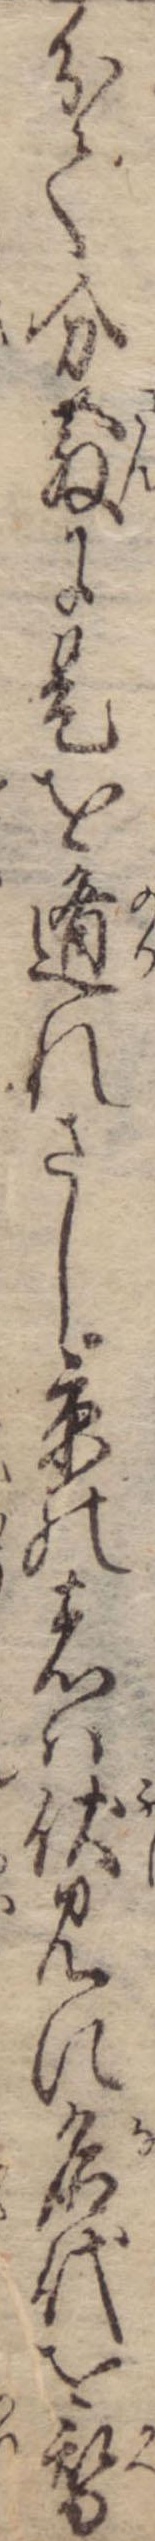
分て分散に是を遁れさし京の者は伏見に名代を替